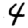
Digit: 4